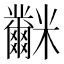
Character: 𥽲